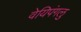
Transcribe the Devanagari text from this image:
वेयिपंगलु